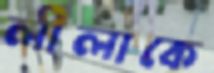
লীলাকে